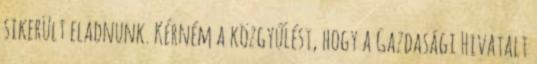
sikerült eladnunk. Kérném a közgyűlést, hogy a Gazdasági Hivatalt